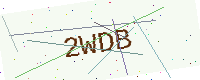
Text: 2WDB